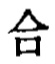
\text{合}